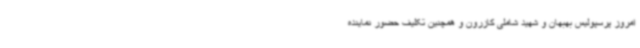
امروز پرسپولیس بهبهان و شهید شاملی کازرون و همچنین تکلیف حضور نماینده